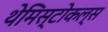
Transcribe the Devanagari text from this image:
थेमिस्टोकल्स